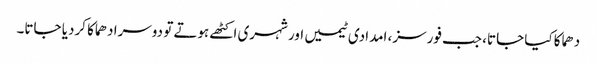
دھماکا کیا جاتا، جب فورسز، امدادی ٹیمیں اور شہری اکٹھے ہوتے تو دوسرا دھماکا کردیا جاتا۔